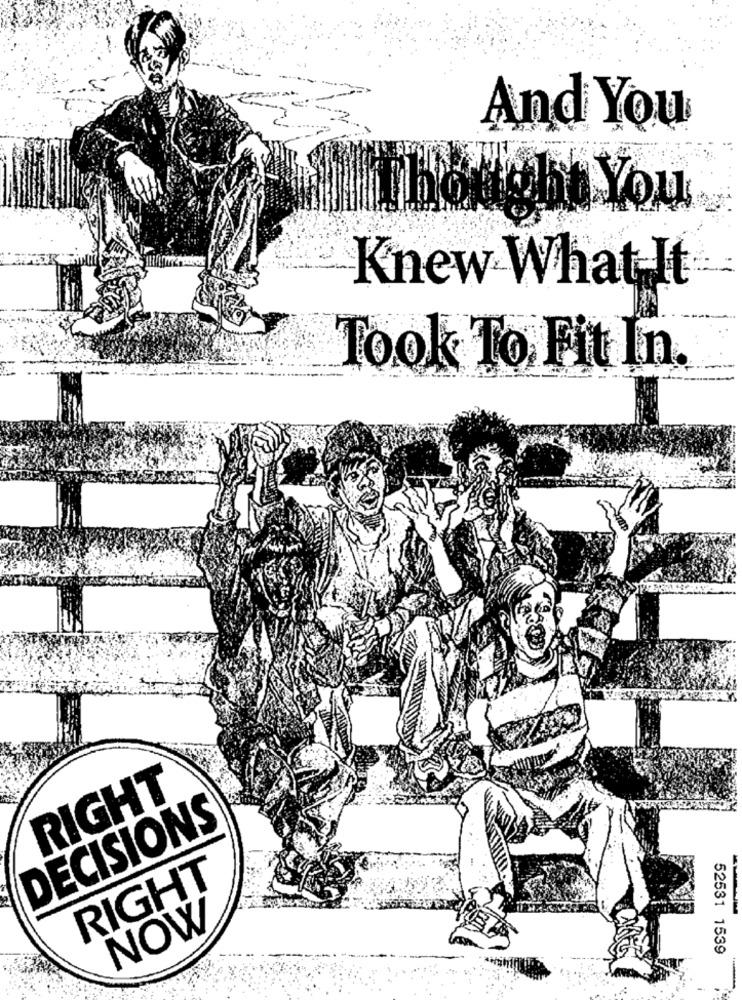
And You
bought You
Knew What It
Took To Fit In.
RIGHT
DECISIONS
RIGHT
NOW
52531 1539